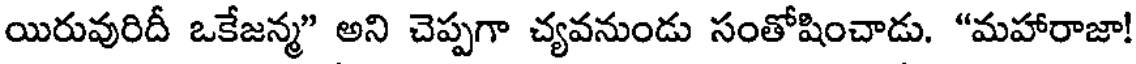
యిరువురిదీ ఒకేజన్మ" అని చెప్పగా చ్యవనుండు సంతోషించాడు. "మహారాజా!